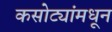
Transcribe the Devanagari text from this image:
कसोट्यांमधून